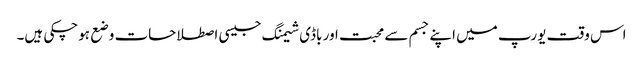
اس وقت یورپ میں اپنے جسم سے محبت اور باڈی شیمنگ جیسی اصطلاحات وضع ہوچکی ہیں۔